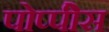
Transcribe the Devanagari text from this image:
पोप्पीेस